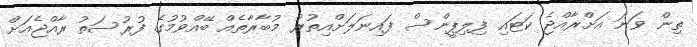
ތިން ވަނަ އަށްރާއްޖެ ކަޓައި ފިލިޕީންސް ފައިނަލަށްއިތުރު މުބާރާތެއް ބޭއްވުމުގެ ފުރުސަތު ރާއްޖެއަށް